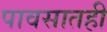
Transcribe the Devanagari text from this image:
पावसातही